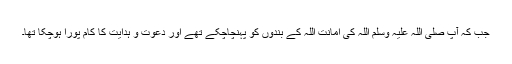
جب کہ آپ صلی اللہ علیہ وَسلم اللہ کی امانت اللہ کے بندوں کو پہنچاچکے تھے اور دعوت و ہدایت کا کام پورا ہوچکا تھا۔